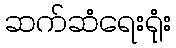
ဆက်ဆံရေးရုံး